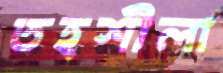
তহশীলা